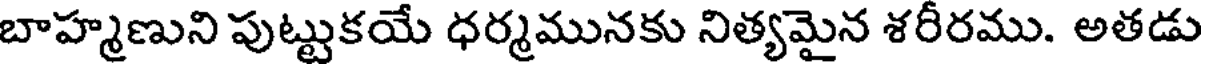
బాహ్మణుని పుట్టుకయే ధర్మమునకు నిత్యమైన శరీరము. అతడు